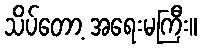
သိပ်တော့ အရေးမကြီး။